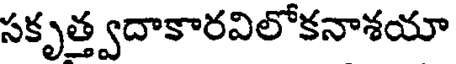
సకృత్త్వదాకారవిలోకనాశయా